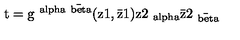
\mathrm { t = g ^ { \ a l p h a \bar { \ b e t a } } ( z 1 , \bar { z } 1 ) z 2 _ { \ a l p h a } \bar { z } 2 _ { \bar { \ b e t a } } }